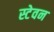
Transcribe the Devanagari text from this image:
स्टेवन